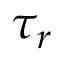
{ { \tau } _ { r } }